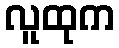
လူထုက